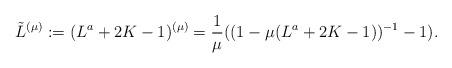
LaTeX: \begin{align*}\tilde{L}^{(\mu)}:=(L^{a}+2K-1)^{(\mu)}=\frac{1}{\mu}((1-\mu(L^{a}+2K-1))^{-1}-1).\end{align*}